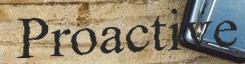
Proactive